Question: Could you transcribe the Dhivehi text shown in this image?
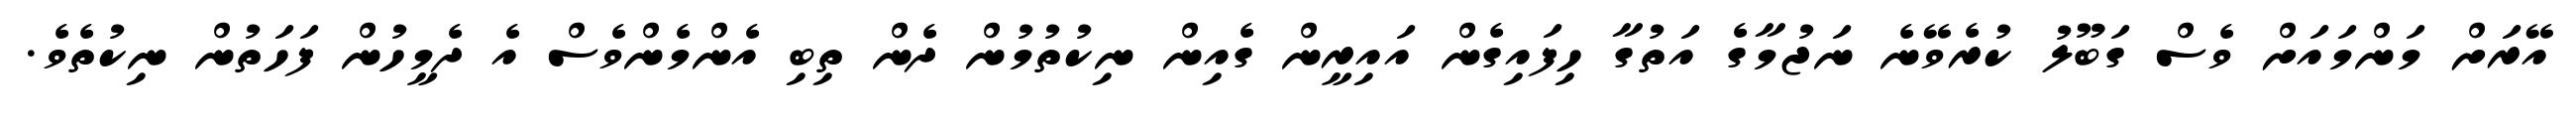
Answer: އޭރަށް މަންމައަށް ވެސް ގަބޫލު ކުރެވޭނެ ނަޖުމާގެ އަތުގާ ހިފައިގެން އައިރީން ގެއިން ނިކުތުމުން ދެން ތިބި އެންމެންވެސް އެ ދެމީހުން ފަހަތުން ނިކުތެވެ.